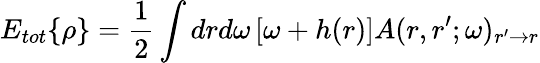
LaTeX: E_{tot}\{ \rho\} =\frac 12\int drd\omega\left[\omega+h(r)\right]A(r,r^{\prime};\omega)_{r^{\prime}\to r}